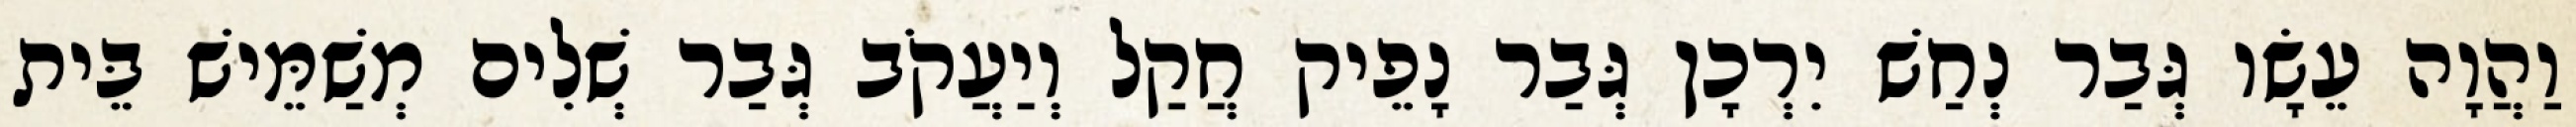
וַהֲוָה עֵשָׂו גְּבַר נְחַשׁ יִרְכָן גְּבַר נָפֵיק חֲקַל וְיַעֲקֹב גְּבַר שְׁלִים מְשַׁמֵּישׁ בֵּית